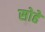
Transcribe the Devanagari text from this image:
सोहे